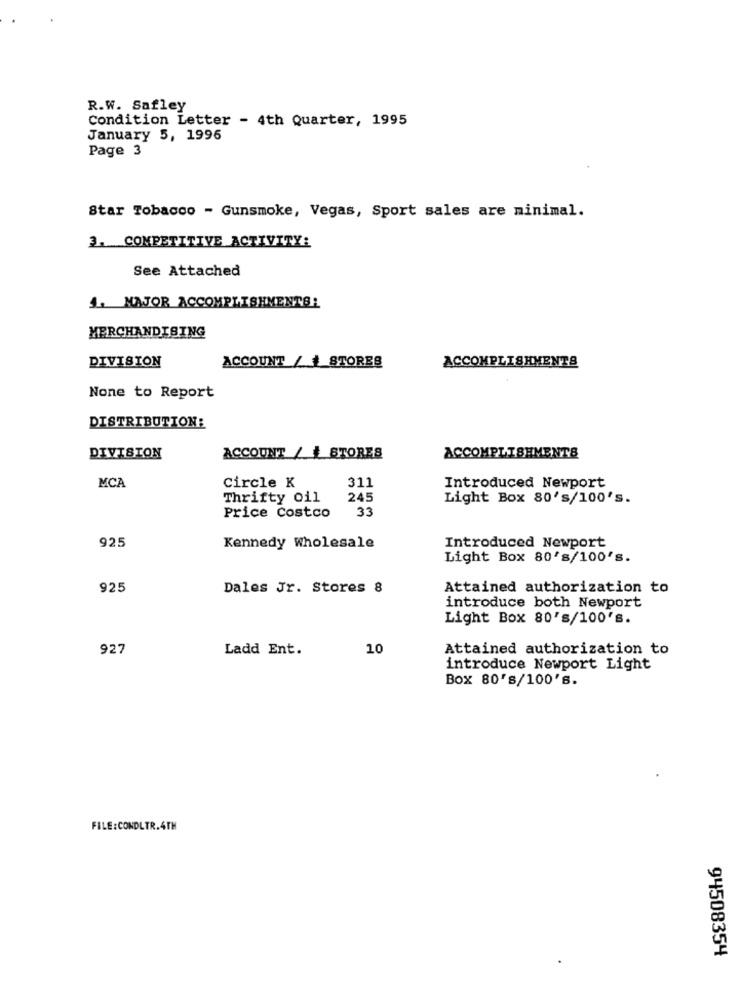
R.W. Safley
Condition Letter - 4th Quarter, 1995
January 5, 1996
Page 3
Star Tobacco - Gunsmoke, Vegas, Sport sales are minimal.
3. COMPETITIVE ACTIVITY:
See Attached
1. MAJOR ACCOMPLISHMENTS!
MERCHANDISING
DIVISION
ACCOUNT / + STORES
ACCOMPLISHMENTS
None to Report
DISTRIBUTION:
DIVISION
ACCOUNT / # STORES
ACCOMPLISHMENTS
Circle K
311
Introduced Newport
MCA
Thrifty oil
245
Light Box 80's/100's.
Price Costco
33
925
Kennedy Wholesale
Introduced Newport
Light Box 80's/100's.
925
Dales Jr. Stores 8
Attained authorization to
introduce both Newport
Light Box 80's/100's.
927
Ladd Ent.
10
Attained authorization to
introduce Newport Light
Box 80's/100's.
FILE:CONDLTR.4TH
94508354